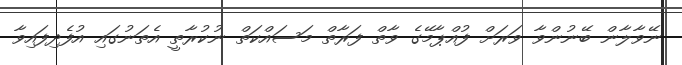
ނޭވާލާން ބޭނުންވާ ވަރަށް ފުއްޕާމޭގެ ވާތް ފަރާތް މަސައްކަތް ނުކުރާތީ އެތަނުގައި އުފެދިފައިވާ